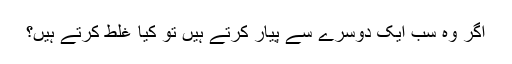
اگر وہ سب ایک دوسرے سے پیار کرتے ہیں تو کیا غلط کرتے ہیں؟